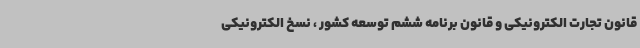
قانون تجارت الکترونیکی و قانون برنامه ششم توسعه کشور ، نسخ الکترونیکی